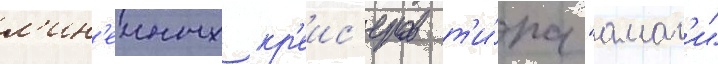
л'ин'еиных кр'еис'еров т'и́па "амаг'и"